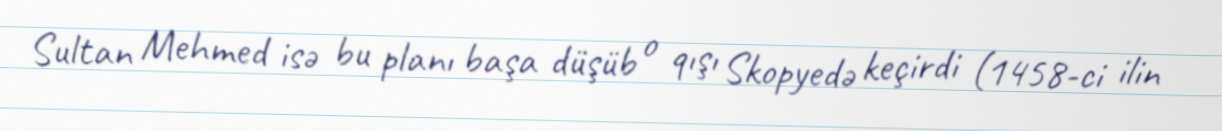
Sultan Mehmed isə bu planı başa düşüb o qışı Skopyedə keçirdi (1458-ci ilin